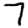
Digit: 7